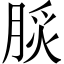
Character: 𦜡